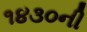
૧૪૩૦ની